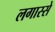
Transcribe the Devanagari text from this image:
लगास्से